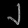
Digit: ၂